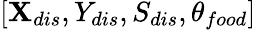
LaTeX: [{\mathbf{X}_{dis}},{Y_{dis}},{S_{dis}},{\theta_{food}}]